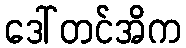
ဒေါ်တင်အိက